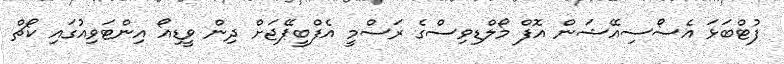
ފުޓްބަޅަ އެސޯސިއޭޝަން އޮފް މޯލްޑިވިސްގެ ރަސްމީ އެފްބީޕޭޖަށް ދިން ވީޑިއޯ އިންޓަވިއުގައި ކޯޗް